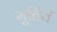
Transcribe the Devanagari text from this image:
मूर्तियँ